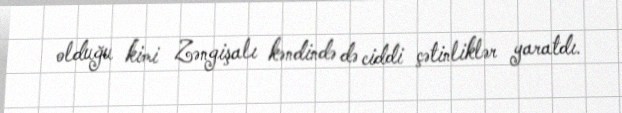
olduğu kimi Zəngişalı kəndində də ciddi çətinliklər yaratdı.